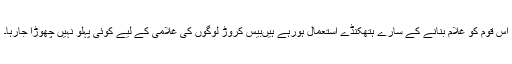
اس قوم کو غلام بنانے کے سارے ہتھکنڈے استعمال ہورہے ہیںبیس کروڑ لوگوں کی غلامی کے لیے کوئی پہلو نہیں چھوڑا جارہا۔